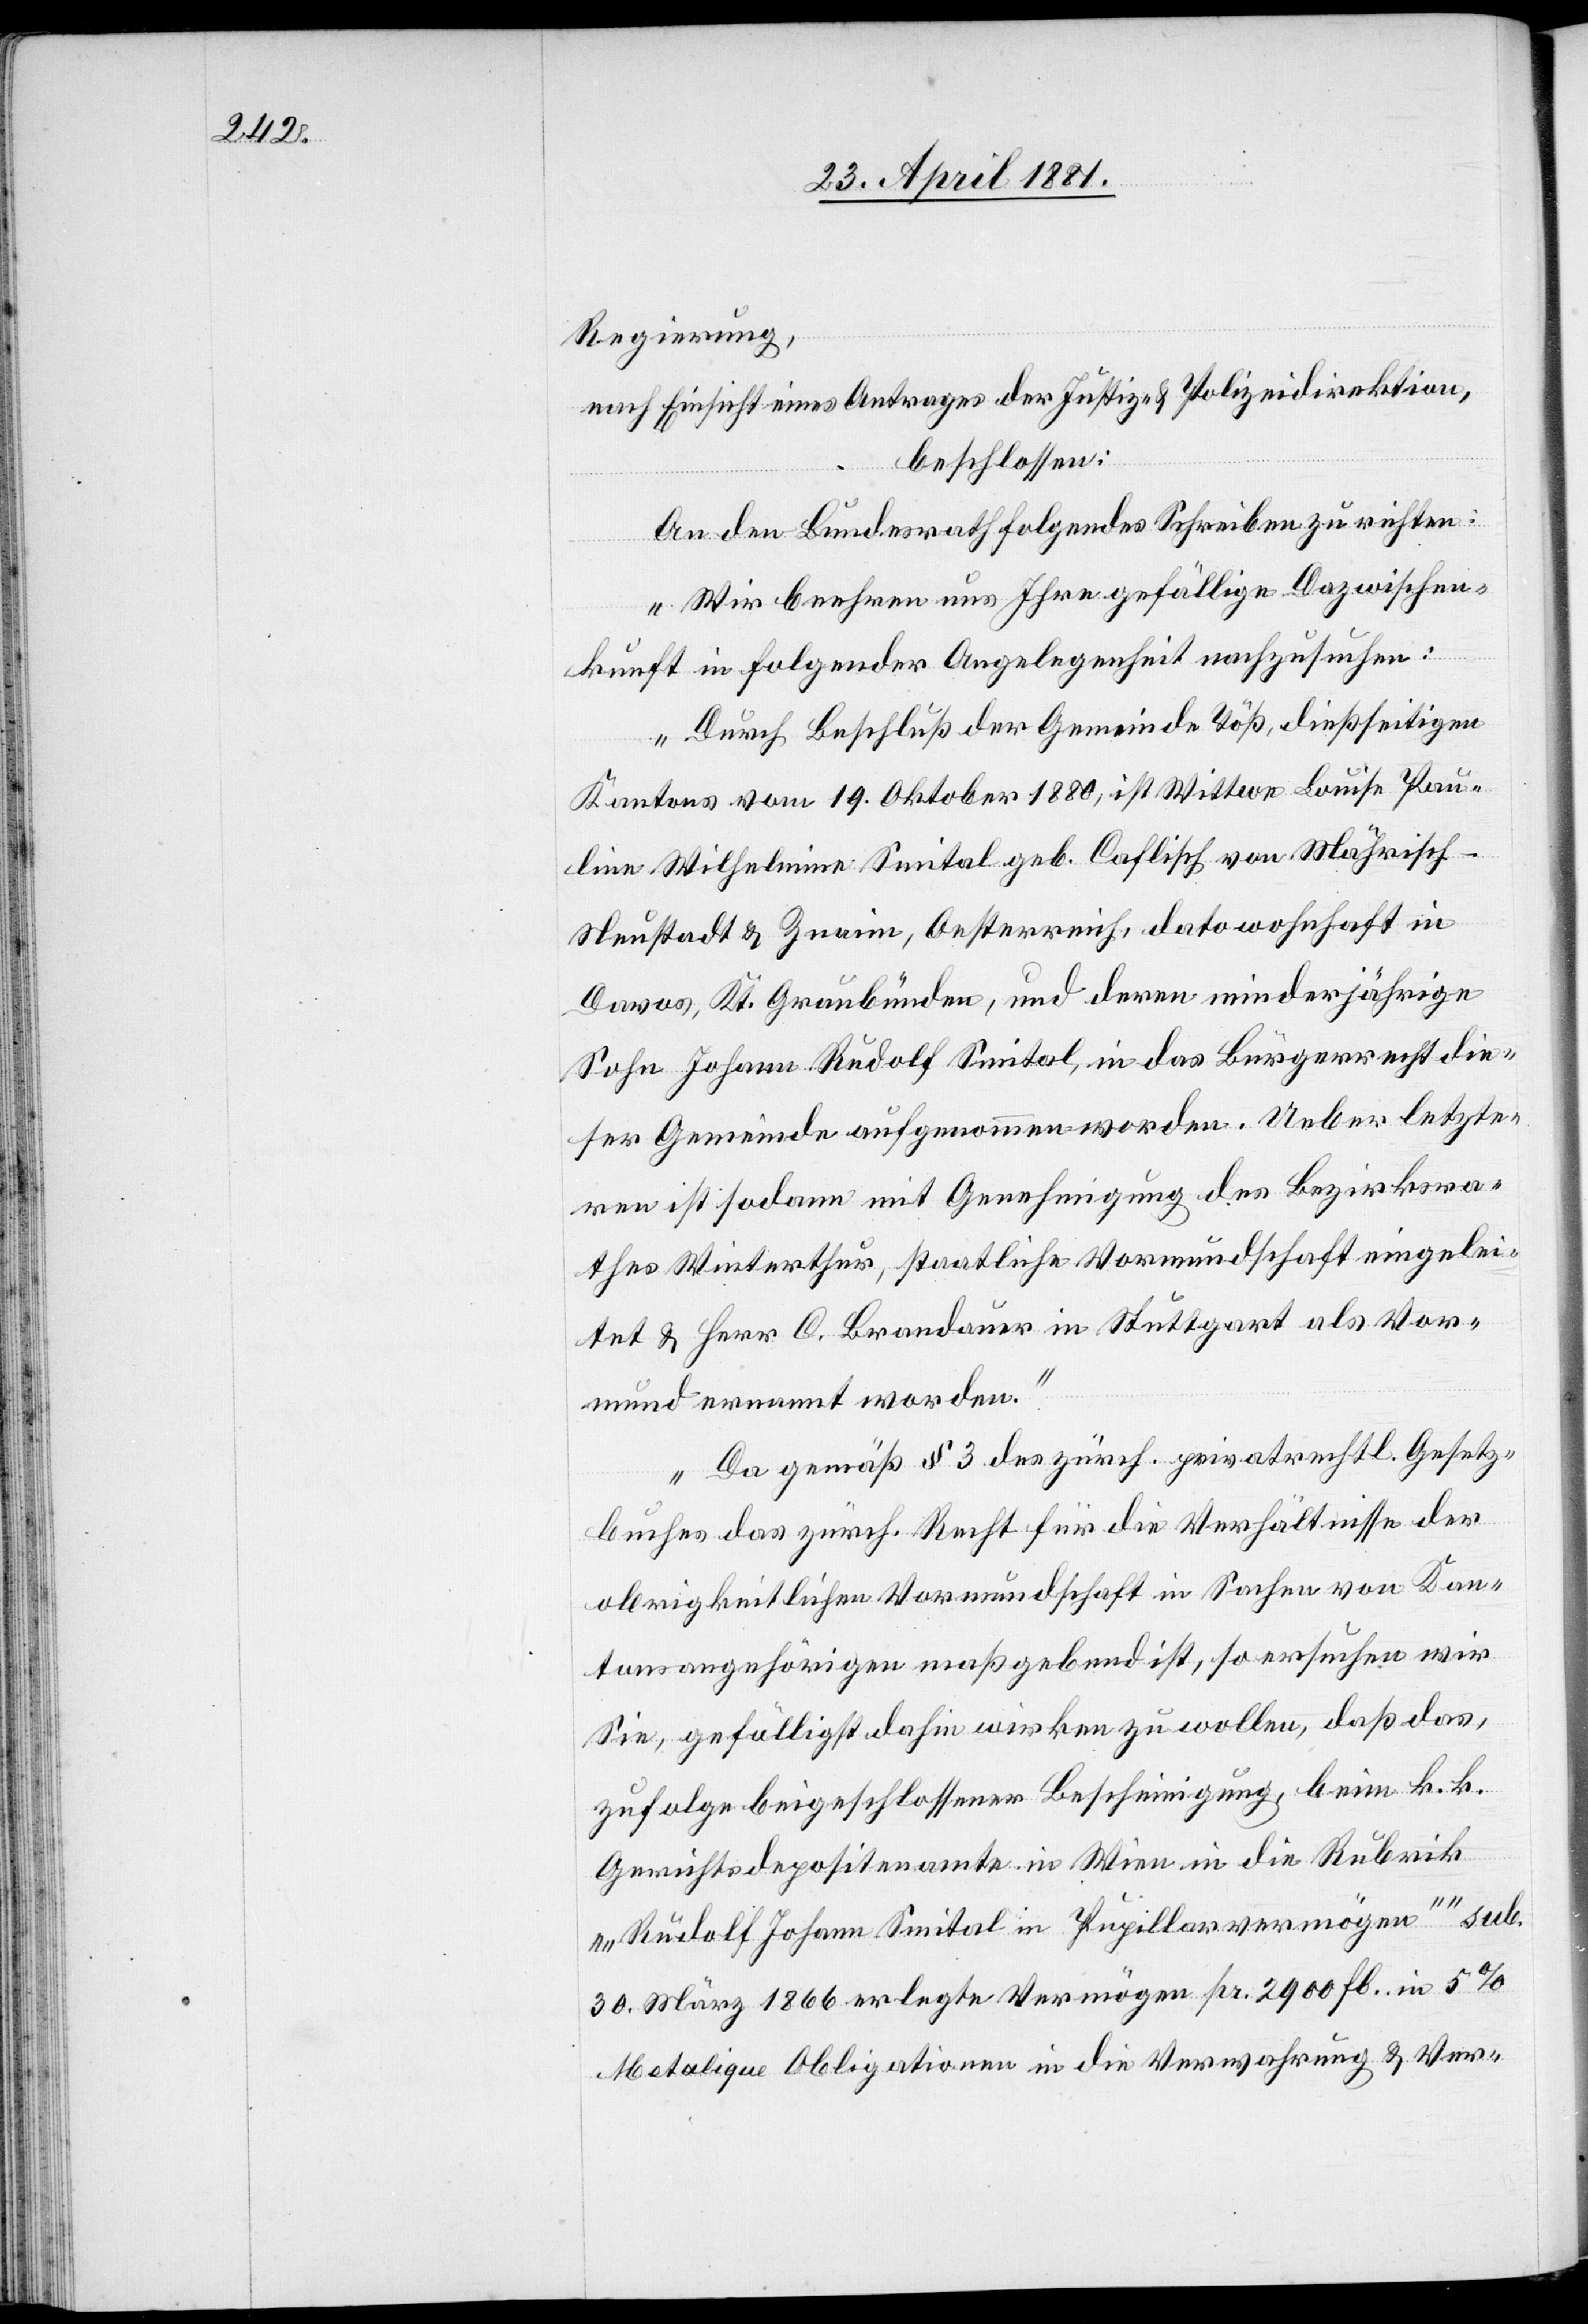
Regierung,
nach Einsicht eines Antrages der Justiz- & Polizeidirektion,
beschlossen:
An den Bundesrath folgendes Schreiben zu richten:
„Wir beehren uns Ihre gefällige Dazwischen¬
kunft in folgender Angelegenheit nachzusehen:
Durch Beschluß der Gemeinde Töß, dießseitigen
Kantons vom 19. Oktober 1880, ist Wittwe Louise Pau¬
line Wilhelmine Smital geb. Caflisch von Mährisch -
Neustadt & Znaim, Oesterreich, dato wohnhaft in
Davos, Kt. Graubünden, und deren minderjährige
Sohn Johann Rudolf Smital, in das Bürgerrecht die¬
ser Gemeinde aufgenommen worden. Ueber letzte¬
ren ist sodann mit Genehmigung des Bezirksra¬
thes Winterthur, staatliche Vormundschaft eingelei¬
tet & Herr C. Brandauer in Stuttgart als Vor¬
mund ernannt worden.
Da gemäß § 3 des zürch. privatrechtl. Gesetz¬
buches das zürch. Recht für die Verhältnisse der
obrigkeitlichen Vormundschaft in Sachen von Kan¬
tonsangehörigen maßgebend ist, so ersuchen wir
Sie, gefälligst dahin wirken zu wollen, daß das,
zufolge beigeschlossener Bescheinigung, beim k. k.
Gerichtsdepositenamte in Wien in die Rubrik
„„Rudolf Johann Smital in Pupillarvermögen““ sub.
30. März 1866 erlegte Vermögen pr. 2900 Ft. in 5%
Metalique Obigationen in die Verwahrung & Ver-